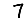
Digit: 7